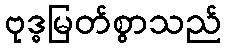
ဗုဒ္ဓမြတ်စွာသည်